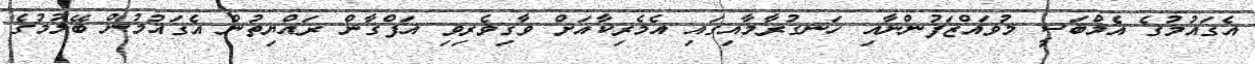
އެގައުމުގެ އެމްބަސީ މުވައްޒަފުންނާއި ހަނގުރާމާއިގައި އެމެރިކާއަށް ވާގިވެރިވި އަފްގާން ރައްޔިތުން އެގައުމުން ބޭލުުމުގެ